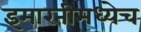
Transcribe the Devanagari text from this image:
इमारतीमध्येच